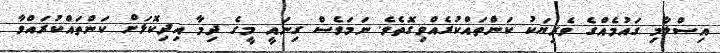
އިސްލާމި ގައުމެއްގެ ވެރިޔަކު ކަންތައްކުރެއްވިގޮތެވެ. ނަމަވެސް ގިނައީ މީގެ ދިމާ އިދިކޮޅަށް ކަންތައްކުރައްވާ